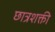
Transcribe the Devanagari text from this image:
छात्रशक्ती